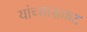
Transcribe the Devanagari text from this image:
यांच्यासकट